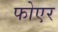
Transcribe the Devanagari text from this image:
फोएर